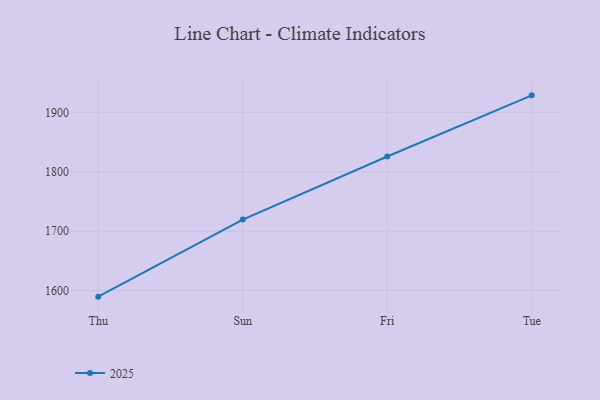
{"axis": {"x": "Day", "y": "Net Income (USD K)"}, "legend": ["2025"], "data": [{"x": "Thu", "y": 1589.7, "type": "2025"}, {"x": "Sun", "y": 1719.4, "type": "2025"}, {"x": "Fri", "y": 1825.6, "type": "2025"}, {"x": "Tue", "y": 1928.6, "type": "2025"}]}